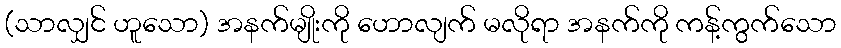
(သာလျှင် ဟူသော) အနက်မျိုးကို ဟောလျက် မလိုရာ အနက်ကို ကန့်ကွက်သော